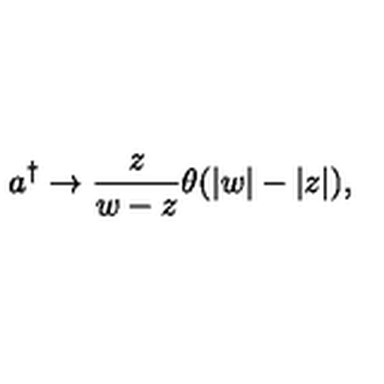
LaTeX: a ^ { \dagger } \rightarrow \frac z { w - z } \theta ( | w | - | z | ) ,